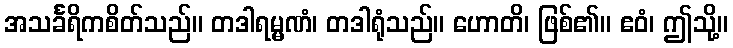
အသင်္ခရိကစိတ်သည်။ တဒါရမ္မဏံ၊ တဒါရုံသည်။ ဟောတိ၊ ဖြစ်၏။ ဧဝံ၊ ဤသို့။